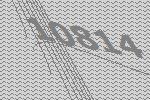
10814